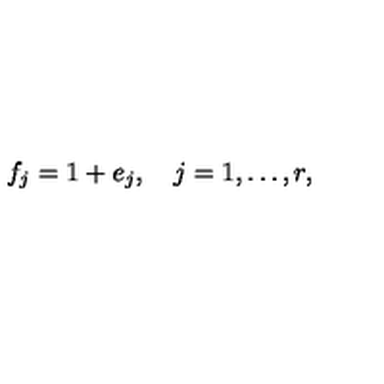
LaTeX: f _ { j } = 1 + e _ { j } , \quad j = 1 , \ldots , r ,